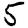
Digit: 5